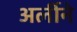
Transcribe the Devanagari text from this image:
अर्लीने